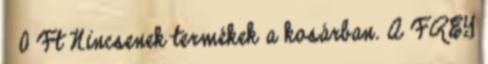
0 Ft Nincsenek termékek a kosárban. A FREY